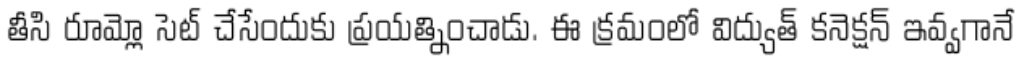
తీసి రూమ్లో సెట్ చేసేందుకు ప్రయత్నించాడు. ఈ క్రమంలో విద్యుత్ కనెక్షన్ ఇవ్వగానే